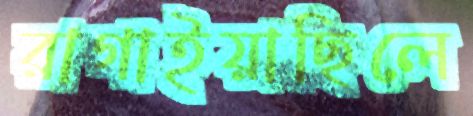
রাগাইয়াছিলে